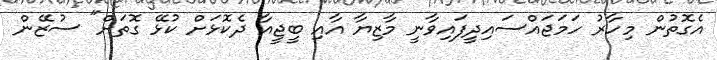
އެގޮތުން މިހާރު ހަމަޖައްސައިދީފައިވާނީ މާޒިޔާ އާއި ބީޖީއާ ދެކޮޅަށް ކުޅޭ ގޮތަށް" ސުޒޭން